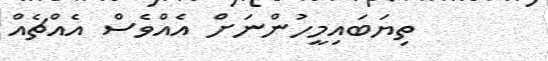
ތިޔަބައިމީހުންނަށް އެއްވެސް އެއްޗެއް